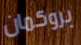
بروكمان